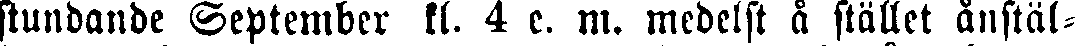
stundande September kl. 4 e. m. medelst å stället ånstäl-